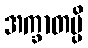
အက္ခာတမ္ပိ